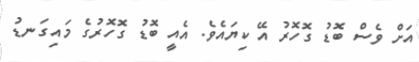
އަށް ވެސް ބޮޑު ގޮހޮރު އޭ ކިޔައެވެ. އެއީ ބޮޑު ގޮހޮރުގެ މައިގަނޑު